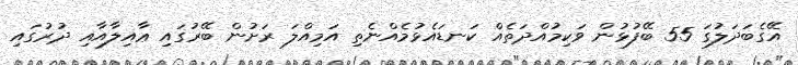
އޭގެބަދަލުގަ 55 ބޭފުޅުން ވަކިމުއްދަތެއް ކަނޑައެޅުމެއްނެތި އަމިއްލަ ރަށުން ބޭރުގައި ޢާއިލާއާއި ދުރުގައި